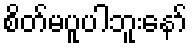
စိတ်မပူပါဘူးနော်